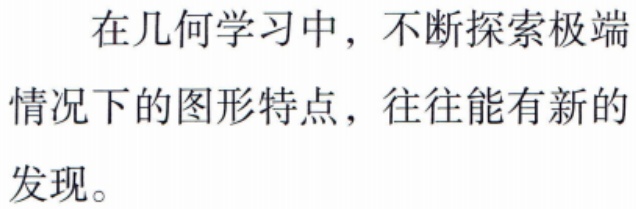
在几何学习中，不断探索极端
情况下的图形特点，往往能有新的
发现。